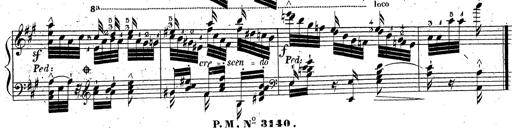
Title: Grande fantaisie sur la tyrolienne de l'opÃ©ra
Composer: Franz Liszt
Key: A major